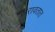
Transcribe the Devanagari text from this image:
सरावतात